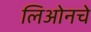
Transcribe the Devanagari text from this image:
लिओनचे